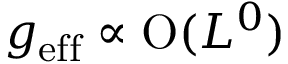
g _ { \mathrm { e f f } } \propto \mathrm { O } ( L ^ { 0 } )